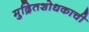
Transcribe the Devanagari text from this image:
मुद्रितशोधकाची